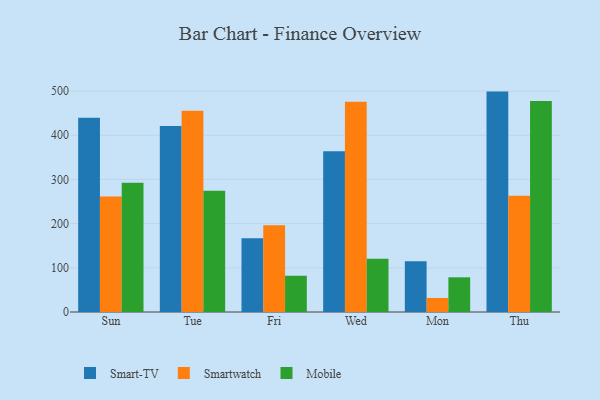
{"axis": {"x": "Day", "y": "Customer Acquisition Cost (USD)"}, "legend": ["Mobile", "Smart-TV", "Smartwatch"], "data": [{"x": "Sun", "y": 439.8, "type": "Smart-TV"}, {"x": "Sun", "y": 261.6, "type": "Smartwatch"}, {"x": "Sun", "y": 292.6, "type": "Mobile"}, {"x": "Tue", "y": 421.0, "type": "Smart-TV"}, {"x": "Tue", "y": 455.6, "type": "Smartwatch"}, {"x": "Tue", "y": 274.2, "type": "Mobile"}, {"x": "Fri", "y": 166.6, "type": "Smart-TV"}, {"x": "Fri", "y": 196.1, "type": "Smartwatch"}, {"x": "Fri", "y": 82.0, "type": "Mobile"}, {"x": "Wed", "y": 363.7, "type": "Smart-TV"}, {"x": "Wed", "y": 475.5, "type": "Smartwatch"}, {"x": "Wed", "y": 120.6, "type": "Mobile"}, {"x": "Mon", "y": 114.6, "type": "Smart-TV"}, {"x": "Mon", "y": 31.7, "type": "Smartwatch"}, {"x": "Mon", "y": 78.5, "type": "Mobile"}, {"x": "Thu", "y": 498.7, "type": "Smart-TV"}, {"x": "Thu", "y": 262.9, "type": "Smartwatch"}, {"x": "Thu", "y": 477.2, "type": "Mobile"}]}